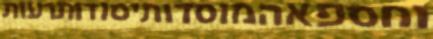
וחספאהמוסדותיסודותרעות